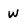
Character: w